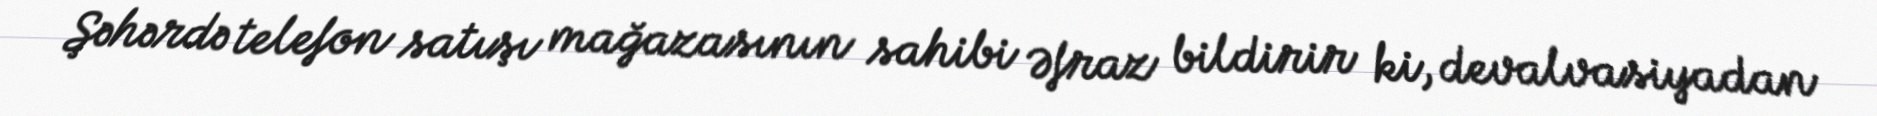
Şəhərdə telefon satışı mağazasının sahibi Əfraz bildirir ki, devalvasiyadan